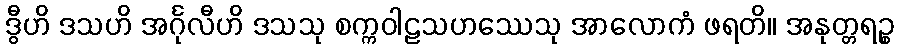
ဒွီဟိ ဒသဟိ အင်္ဂုလီဟိ ဒသသု စက္ကဝါဠသဟဿေသု အာလောကံ ဖရတိ။ အနုတ္တရဉ္စ